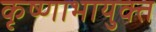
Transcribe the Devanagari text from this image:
कृष्णाभायुक्त